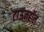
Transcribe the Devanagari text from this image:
टाऊनहॉल